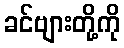
ခင်ဗျားတို့ကို